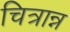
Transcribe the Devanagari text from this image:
चित्रान्न